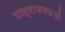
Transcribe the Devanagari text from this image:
पात्राजवळची